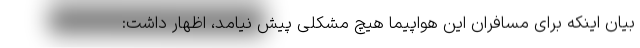
بیان اینکه برای مسافران این هواپیما هیچ مشکلی پیش نیامد، اظهار داشت: